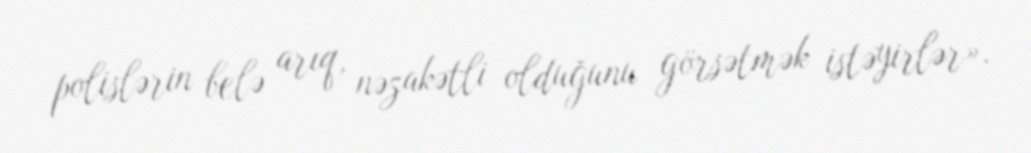
polislərin belə arıq, nəzakətli olduğunu görsətmək istəyirlər».